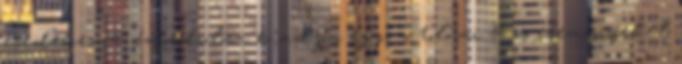
esedékes 50. évfordulóra kiadjon egy, a tolnai 56-os eseményeket